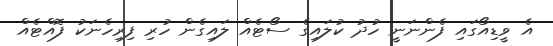
އެ ވީޑިއޯގައި ފެންނަނީ ހުދު ކުލައިގެ ސޯޓެއް ލައިގެން ހުރި ފިރިހެނަކު ފޮއްޓެއް